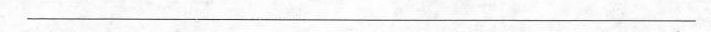
___